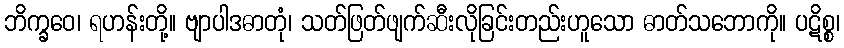
ဘိက္ခဝေ၊ ရဟန်းတို့။ ဗျာပါဒဓာတုံ၊ သတ်ဖြတ်ဖျက်ဆီးလိုခြင်းတည်းဟူသော ဓာတ်သဘောကို။ ပဋိစ္စ၊